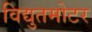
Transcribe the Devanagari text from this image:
विद्युतमोटर